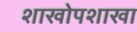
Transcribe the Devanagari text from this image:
शाखोपशाखा